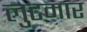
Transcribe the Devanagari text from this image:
लुटमार